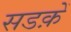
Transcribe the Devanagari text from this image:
सडक़ें